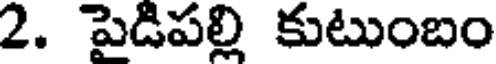
2. పైడిపల్లి కుటుంబం